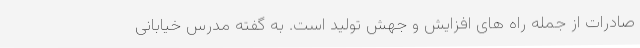
صادرات از جمله راه های افزایش و جهش تولید است. به گفته مدرس خیابانی